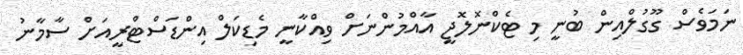
ނަމަވެސް ގޫގުލްއިން ބުނީ މި ޓެކްނޮލޮޖީ އާއްމުންނަށް ވިއްކާނީ މެޑިކަލް އިންޑަސްޓްރީއަށް ސާމާނު